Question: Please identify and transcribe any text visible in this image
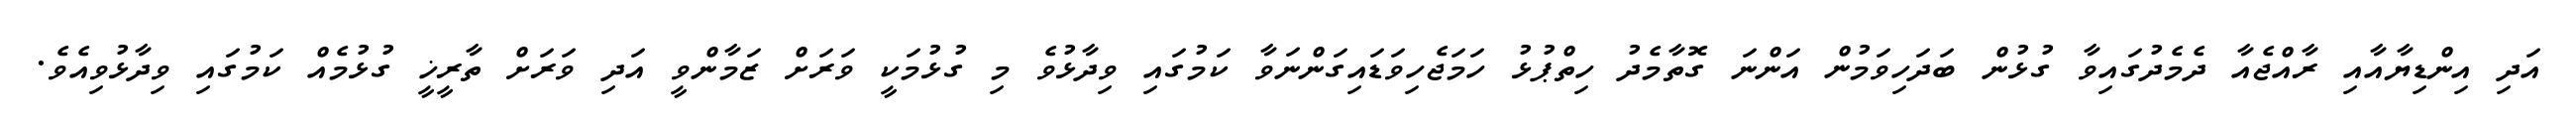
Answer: އަދި އިންޑިޔާއާއި ރާއްޖެއާ ދެމެދުގައިވާ ގުޅުން ބަދަހިވަމުން އަންނަ ގޮތާމެދު ހިތްޕުޅު ހަމަޖެހިވަޑައިގަންނަވާ ކަމުގައި ވިދާޅުވެ މި ގުޅުމަކީ ވަރަށް ޒަމާންވީ އަދި ވަރަށް ތާރީޚީ ގުޅުމެއް ކަމުގައި ވިދާޅުވިއެވެ.